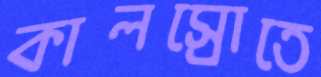
কালস্রোতে